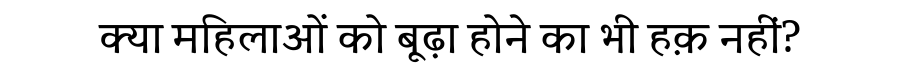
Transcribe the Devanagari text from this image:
क्या महिलाओं को बूढ़ा होने का भी हक़ नहीं?